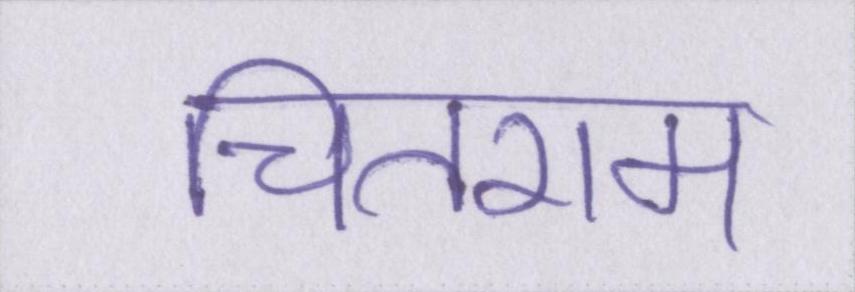
चितराम